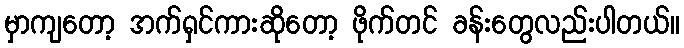
မှာကျတော့ အက်ရှင်ကားဆိုတော့ ဖိုက်တင် ခန်းတွေလည်းပါတယ်။